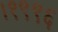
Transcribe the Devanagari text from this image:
।१९९६